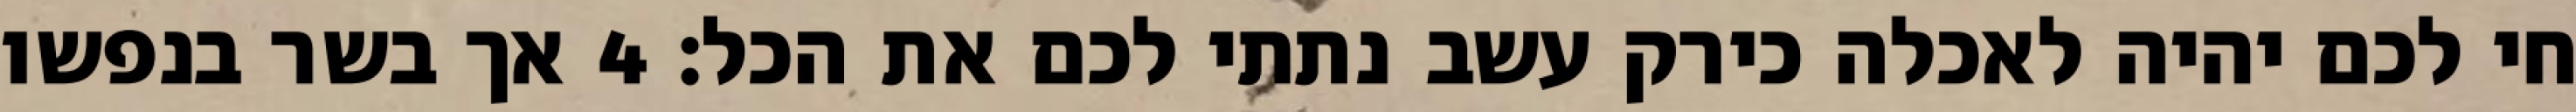
חי לכם יהיה לאכלה כירק עשב נתתי לכם את הכל׃ ‎4‏ אך בשר בנפשו